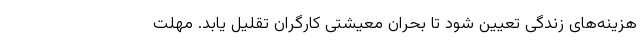
هزینه‌های زندگی تعیین شود تا بحران معیشتی کارگران تقلیل یابد. مهلت